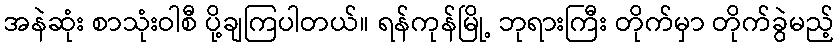
အနဲဆုံး စာသုံးဝါစီ ပို့ချကြပါတယ်။ ရန်ကုန်မြို့ ဘုရားကြီး တိုက်မှာ တိုက်ခွဲမည့်